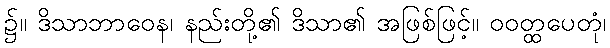
၌။ ဒိသာဘာဝေန၊ နည်းတို့၏ ဒိသာ၏ အဖြစ်ဖြင့်။ ဝဝတ္ထပေတုံ၊